Civil Veterinary Department. Madras. Admin. report 1910-25 - 1910-1925
Year: 1910
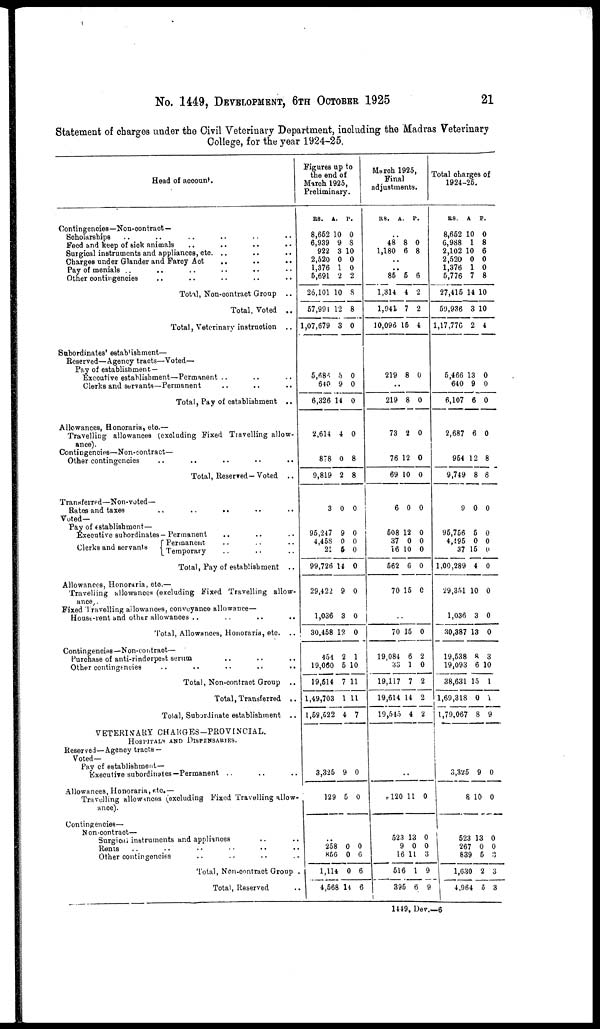
No. 1449, DEVELOPMENT, 6TH OCTOBER 1925
21
Statement of charges under the Civil Veterinary Department, including the Madras Veterinary
College, for the year 1924-25.
Head of account.
Contingencies—Non-contract—
Scholarships .. .. .. .. ..
Feed and keep of sick animals .. .. .. ..
Surgical instruments and appliances, etc. .. .. ..
Charges under Glander and Farcy Act .. .. ..
Pay of menials .. .. .. .. ..
Other contingencies .. .. .. .. ..
Total, Non-contract Group .. ..
Total, Voted ..
Total, Veterinary instruction ..
Subordinates' establishment—
Reserved—Agency tracts—Voted—
Pay of establishment—
Executive establishment—Permanent .. .. ..
Clerks and servants—Permanent .. .. ..
Total, Pay of establishment ..
Allowances, Honoraria, etc.—
Travelling allowances (excluding Fixed Travelling allow-
ance).
Contingenoies—Non-contract—
Other contingencies .. .. .. .. ..
Total, Reserved—Voted
..
Transferred—Non-voted—
Rates and taxes
..
..
..
..
Voted—
Pay of establishment—
Executive subordinates-Permanent .. .. ..
Clerks and servants Permanent .. .. ..
Temporary .. .. .. ..
Total, Pay of establishment ..
Allowances, Honoraria, etc.—
Travelling allowances (excluding Fixed Travelling allow-
ance
Fixed Travelling allowances, conveyance allowance—
House-rent and other allowances ..
..
..
Total, Allowances, Honoraria, etc. ..
Contingencios—Non-contract—
Purchase of anti-rinderpest serum .. .. ..
Other contingencies .. .. ..
Total, Non-contract Group ..
Total, Transferred
..
Total, Subordinate establishment ..
VETERINARY CHANGES—PROVINCIAL.
HOSPITALS AND DISPENSARIES.
Reserved—Agency tracts —
Voted—
Pay of establishment-
Executive subordinates—Permanent .. .. ..
Allowances, Honoraria, etc.—
Travelling allowances (excluding Fixed Travelling allow-
ance).
Contingencies—
Non-contract—
Surgioai instruments and appliances .. ..
Rents .. .. .. .. .. ..
Other contingencies .. .. .. ..
Total, Non-contract Group .
Total, Reserved ..
Figures up to
the end of
March 1925
Preliminary.
RS.
8,662
6,939
922
2,520
1,376
5,691
26,101
57,991
1,07,679
5,684
640
6,326
2,614
878
9,819
3
95,247
4,458
21
99,726
29,422
1,036
30,458
454
19,060
19,614
1,49,703
1,59,522
3,325
129
..
258
856
1,114
4,568
A.
10
9
3
0
1
2
10
12
3
5
9
14
4
0
2
0
9
0
6
14
9
3
12
2
5
7
1
4
9
5
0
0
0
14
P.
0
8
10
0
0
2
8
8
0
0
0
0
0
8
8
0
0
0
0
0
0
0
0
1
10
11
11
7
0
0
0
6
6
6
March 1925
Final
adjustments.
RS.
..
48
1,180
..
..
85
1,314
1,941
10,096
219
....
219
73
76
69
6
508
37
16
562
70
70
19,084
83
19,117
19,614
19,545
..
120
523
9
16
516
395
A.
8
6
6
4
7
15
8
8
2
12
10
0
12
0
10
6
15
15
6
1
7
14
4
11
13
0
11
1
6
P.
0
8
6
2
2
4
0
0
0
0
0
0
0
0
0
0
0
0
2
0
2
2
2
0
0
0
3
9
9
Total charges of
1924-25.
RS
8,662
6,988
2,102
2,520
1,376
5,776
27,415
59,936
1,17,776
5,466
640
6,107
2,687
954
9,749
9
95,756
4,495
37
1,00,289
29,351
1,036
30,387
19,538
19,093
38,631
1,69,318
1,79,067
3,325
8
523
267
839
1,630
1
4,96
A.
10
1
10
0
1
7
14
3
2
13
9
6
6
12
8
0
5
0
15
4
10
3
13
8
6
15
0
8
9
10
13
0
5
2
4 5
P.
0
8
6
0
0
8
10
10
4
0
0
0
0
8
8
0
0
0
0
0
0
0
0
3
10
1
1
9
0
0
0
0
3
3
3
1449, Dev.—6